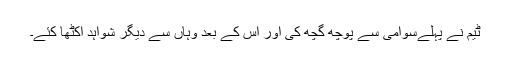
ٹیم نے پہلےسوامی سے پوچھ گچھ کی اور اس کے بعد وہاں سے دیگر شواہد اکٹھا کئے۔